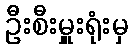
ဦးစီးမှူးရုံးမှ